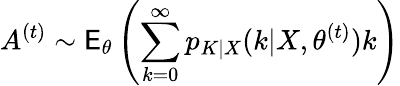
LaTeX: A^{(t)}\sim\mathsf E_{\theta}\left(\sum_{k=0}^{\infty}p_{K|X}(k|X,\theta^{(t)})k\right)